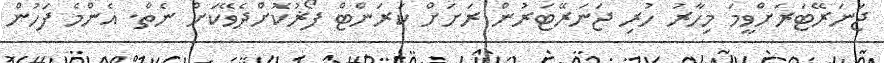
ޖަނަރޭޓަރަށްވީމަ މިހާރު ހުރި ޖަނަރޭޓަރުން ރަށަށް ކަރަންޓް ފޯޜުކޮށްދެވޭކަށް ނެތް. އެންމެ ފަހުން